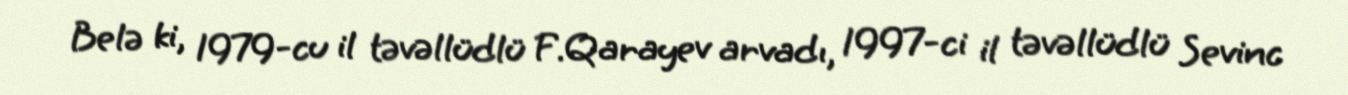
Belə ki, 1979-cu il təvəllüdlü F.Qarayev arvadı, 1997-ci il təvəllüdlü Sevinc